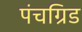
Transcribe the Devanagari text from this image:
पंचग्रिड